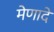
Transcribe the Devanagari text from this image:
मेणादे